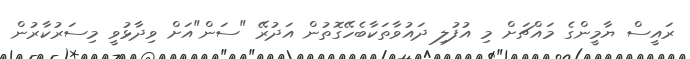
ރައީސް ޔާމީންގެ މައްޗަށް މި އުފުލި ދައުވާތަކާބެހޭގޮތުން އަދުރޭ "ސަން"އަށް ވިދާޅުވީ މިސަރުކާރުން